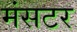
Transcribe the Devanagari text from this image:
मंसटर